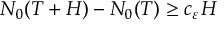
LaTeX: N _ { 0 } ( T + H ) - N _ { 0 } ( T ) \geq c _ { \varepsilon } H